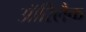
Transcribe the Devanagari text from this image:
ऑरिलैक